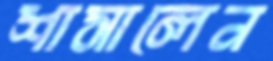
শাসালেন